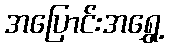
အပြောင်းအရွှေ့